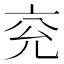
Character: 兖